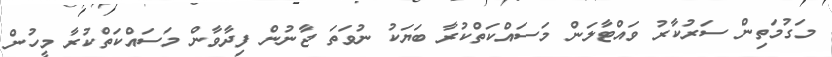
މަގުމަތިން ސަރުކާރު ވައްޓާލަން މަސައްކަތްކުރާ ބަޔަކު ނުވަތަ ޖާނުން ފިދާވާން މަސައްކަތްކުރާ މީހުން